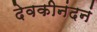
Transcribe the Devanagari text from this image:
देवकीनंदनं